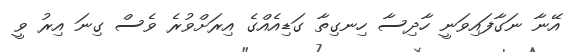
އޭނާ ނަގާފައިވަނީ ހާދިސާ ހިނގިތާ ގަޑިއެއްގެ އިރަށްވުރެ ވެސް ގިނަ އިރު ވީ